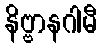
နိဗ္ဗာနဂါမီ